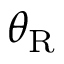
\theta _ { \mathrm { R } }